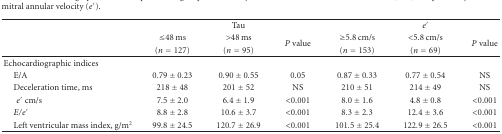
|  |  | Tau |  |  | e′ |  |
 |  | ≤48 ms | >48 ms | <ROWSPAN=2> P value | ≥5.8 cm/s | <5.8 cm/s | <ROWSPAN=2> P value |
 |  | (n = 127) | (n = 95) | (n = 153) | (n = 69) |
 | --- | --- | --- | --- | --- | --- | --- |
 | Echocardiographic indices |  |  |  |  |  |  |
 | E/A | 0.79 ± 0.23 | 0.90 ± 0.55 | 0.05 | 0.87 ± 0.33 | 0.77 ± 0.54 | NS |
 | Deceleration time, ms | 218 ± 48 | 201 ± 52 | NS | 210 ± 51 | 214 ± 49 | NS |
 | e′ cm/s | 7.5 ± 2.0 | 6.4 ± 1.9 | <0.001 | 8.0 ± 1.6 | 4.8 ± 0.8 | <0.001 |
 | E/e′ | 8.8 ± 2.8 | 10.6 ± 3.7 | <0.001 | 8.3 ± 2.3 | 12.4 ± 3.6 | <0.001 |
 | Left ventricular mass index, g/m2 | 99.8 ± 24.5 | 120.7 ± 26.9 | <0.001 | 101.5 ± 25.4 | 122.9 ± 26.5 | <0.001 |